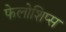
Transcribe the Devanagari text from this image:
फेलोशिप्स